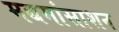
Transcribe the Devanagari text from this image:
मद्यमांसाशन